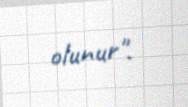
olunur".